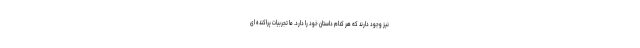
نیز وجود دارند که هر کدام داستان خود را دارد. ما تجربیات پراکنده ای